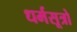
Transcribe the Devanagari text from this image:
धर्मसूत्रो